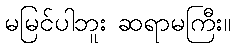
မမြင်ပါဘူး ဆရာမကြီး။